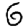
Digit: 6